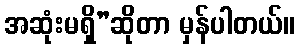
အဆုံးမရှိ”ဆိုတာ မှန်ပါတယ်။